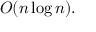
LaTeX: O ( n \log n ) .